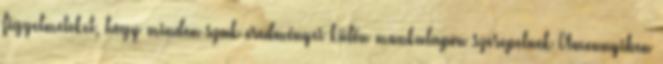
figyelmeteket, hogy minden szak eredményei külön munkalapon szerepelnek Amennyiben